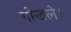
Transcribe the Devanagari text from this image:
गोखले।